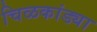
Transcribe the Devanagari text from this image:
चिळकांड्या